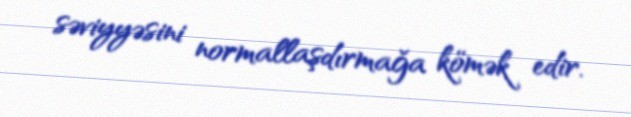
səviyyəsini normallaşdırmağa kömək edir.